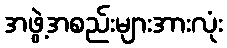
အဖွဲ့အစည်းများအားလုံး